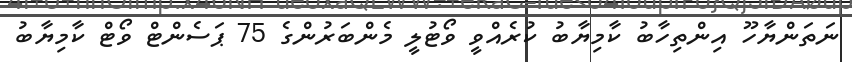
ނަތަންޔާހޫ އިންތިހާބު ކާމިޔާބު ކުރެއްވީ ވޯޓުލީ މެންބަރުންގެ 75 ޕަސެންޓް ވޯޓް ކާމިޔާބު